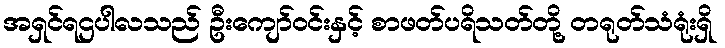
အရှင်ရဌပါလသည် ဦးကျော်ဝင်းနှင့် စာဖတ်ပရိသတ်တို့ တရုတ်သံရုံးရှိ